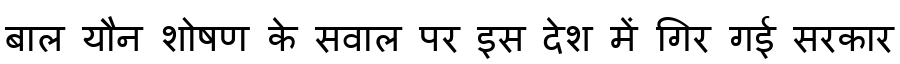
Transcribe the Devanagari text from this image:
बाल यौन शोषण के सवाल पर इस देश में गिर गई सरकार